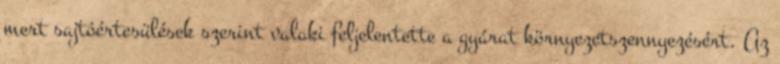
mert sajtóértesülések szerint valaki feljelentette a gyárat környezetszennyezésért. Az